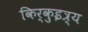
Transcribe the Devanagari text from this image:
किर्कुइत्र्य